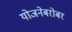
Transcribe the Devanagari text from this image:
योजनेबरोबर